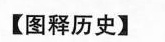
【图释历史】